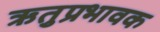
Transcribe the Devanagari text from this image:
ऋतुप्रभावक